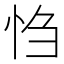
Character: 㤘